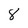
Character: 8